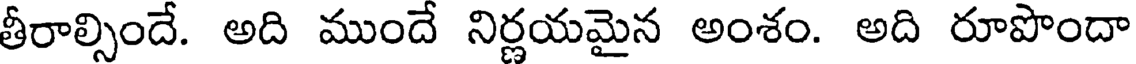
తీరాల్సిందే. అది ముందే నిర్ణయమైన అంశం. అది రూపొందా